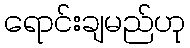
ရောင်းချမည်ဟု